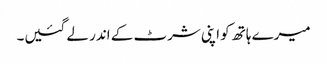
میرے ہاتھ کو اپنی شرٹ کے اندر لے گئیں۔